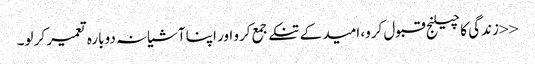
<<زندگی کا چیلنج قبول کرو، امید کے تنکے جمع کرو اور اپنا آشیانہ دوبارہ تعمیر کر لو۔